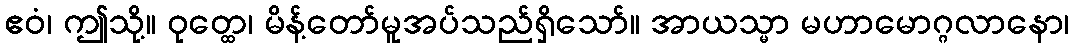
ဧဝံ၊ ဤသို့။ ဝုတ္ထေ၊ မိန့်တော်မူအပ်သည်ရှိသော်။ အာယသ္မာ မဟာမောဂ္ဂလာနော၊